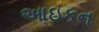
આઇકન